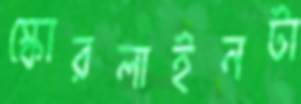
স্কোরলাইনটা